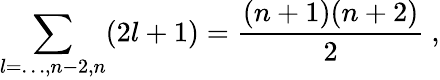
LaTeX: \sum_{l=\ldots,n-2,n}(2l+1)={\frac{(n+1)(n+2)}{2}}~,